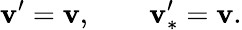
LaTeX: \mathbf{v}^{\prime}=\mathbf{v},\qquad\mathbf{v}_{\ast}^{\prime}=\mathbf{v}.